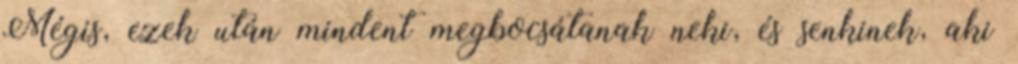
Mégis, ezek után mindent megbocsátanak neki, és senkinek, aki